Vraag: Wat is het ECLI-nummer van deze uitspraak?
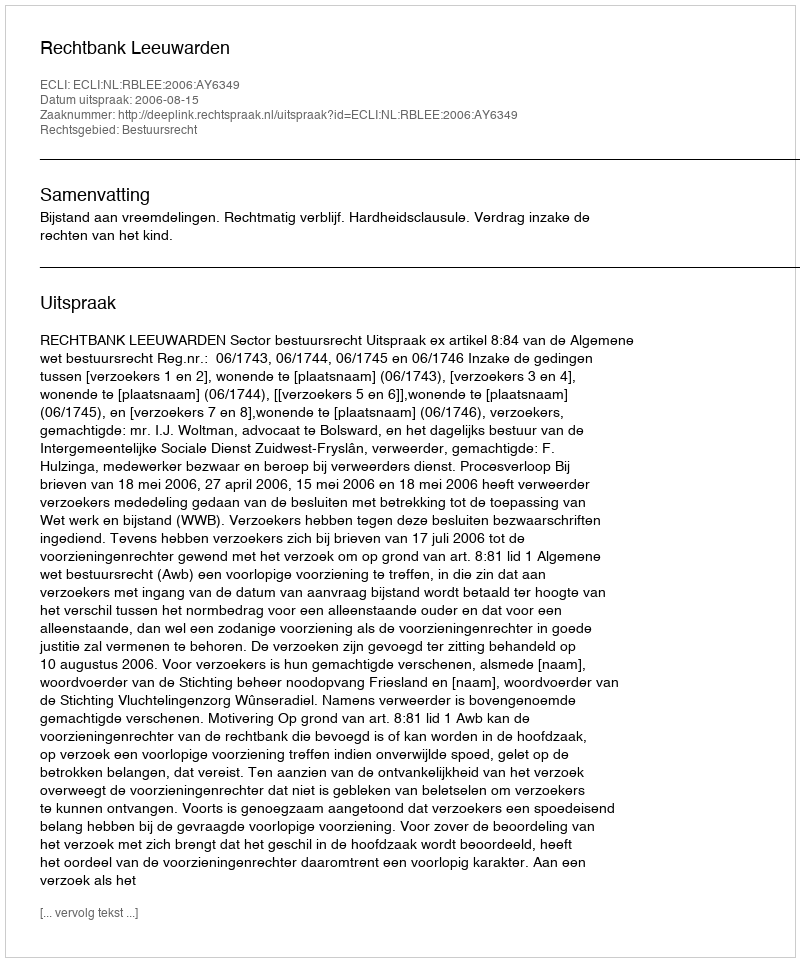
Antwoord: ECLI:NL:RBLEE:2006:AY6349